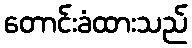
တောင်းခံထားသည်